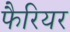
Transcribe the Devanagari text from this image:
फैरियर